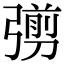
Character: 彅